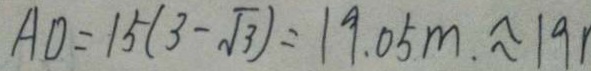
A D = 1 5 ( 3 - \sqrt { 3 } ) = 1 9 . 0 5 m . \approx 1 9 1